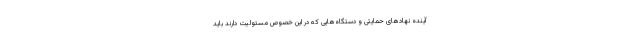
آینده نهادهای حمایتی و دستگاه‌هایی که در این خصوص مسئولیت دارند باید